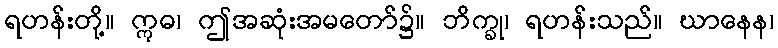
ရဟန်းတို့။ ဣဓ၊ ဤအဆုံးအမတော်၌။ ဘိက္ခု၊ ရဟန်းသည်။ ဃာနေန၊